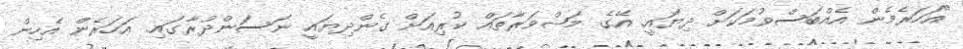
"އަހަރެމެން އެއްބަސްވުމަކަށް ދިޔައީ. އޭގެ މަޝްވަރާތައް ކުރިއަށް ގެންދިޔައީ ނަސަންދުރާގައި. އަހަރެން އެހިން